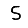
Digit: 5